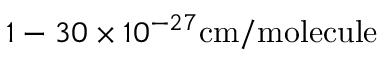
1 - 3 0 \times 1 0 ^ { - 2 7 } \mathrm { c m / m o l e c u l e }